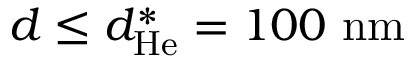
d \leq d _ { \mathrm { H e } } ^ { \ast } = 1 0 0 ~ \mathrm { n m }